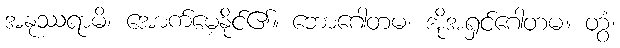
အနုဿရာမိ၊ အောက်မေ့နိုင်၏။ ဘောဂေါတမ၊ အိုအရှင်ဂေါတမ။ တွံ၊